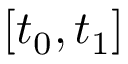
[ t _ { 0 } , t _ { 1 } ]